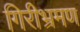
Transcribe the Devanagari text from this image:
गिरीभ्रमण